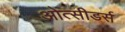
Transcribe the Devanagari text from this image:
ओत्सीडर्स